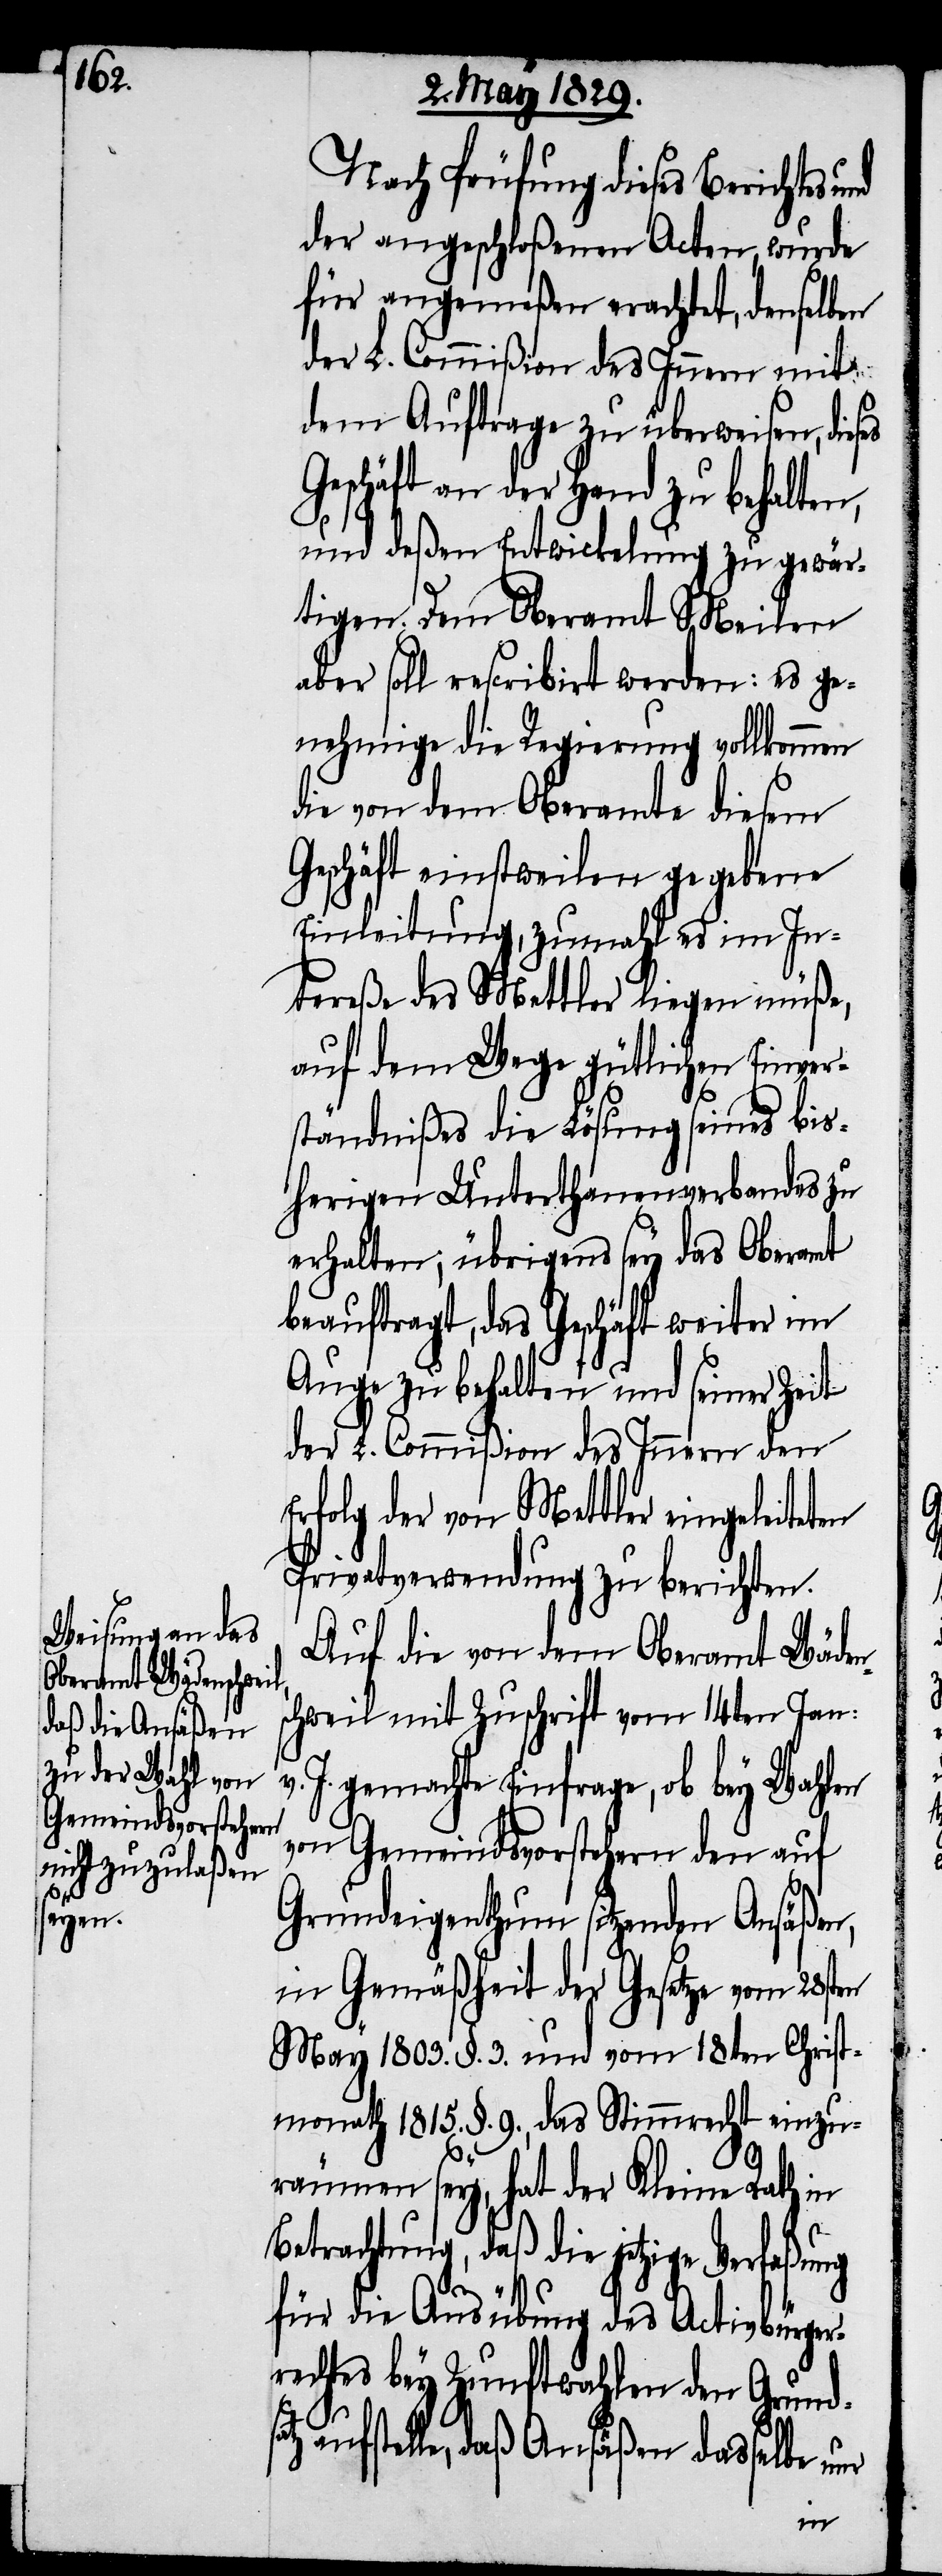
Nach Prüfung dieses Berichtes
der angeschloßenen Acten, wurde
für angemeßen erachtet, denselben
der L. Commißion des Innern mit
dem Auftrage zu überweisen, dies¬
Geschäft an der Hand zu behalten,
und deßen Entwickelung zu gewär¬
tigen. Dem Oberamt Meilen
aber soll rescribirt werden: es ge¬
nehmige die Regierung vollkommen
die von dem Oberamte diesem
Geschäft einstweilen gegebene
Einleitung, zumahl es im In¬
tereße des Mettler liegen müße,
auf dem Wege gütlichen Einver¬
ständnißes die Lösung seines bis¬
herigen Unterthanenverbandes zu
erhalten; übrigens sey das Oberamt
beauftragt, das Geschäft weiter im
Auge zu behalten und seiner Zeit
der L. Commißion des Innern den
Erfolg der von Mettler eingeleite¬
Privatverwendung zu berichten.
Auf die von dem Oberamt Wäden¬
schweil mit Zuschrift vom 14ten Jan:
v. J. gemachte Einfrage, ob bey Wahlen
von Gemeindsvorstehern den auf
Grundeigenthum sitzenden Ansäßen,
in Gemäßheit der Gesetze vom 28sten
May 1803. §. 3. und vom 18ten Christ¬
monath 1815. §. 9., das Stimmrecht einzu¬
räumen sey, hat der Kleine Rath in
Betrachtung, daß die jetzige Verfaßung
für die Ausübung des Activbürger¬
rechtes bey Zunftwahlen den Grund¬
aufstelle, daß Ansäßen dasselbe
nur